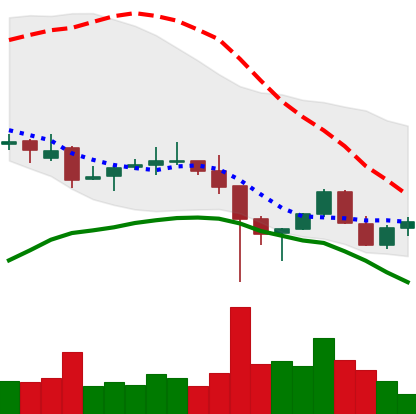
Ticker: LINK-USD
Chart end date: 2021-12-12
Forward return: -10.585%
Label: down_7plus